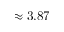
\approx 3 . 8 7